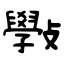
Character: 斅